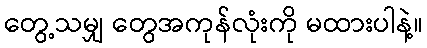
တွေ့သမျှ တွေအကုန်လုံးကို မထားပါနဲ့။